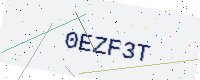
Text: 0EZF3T